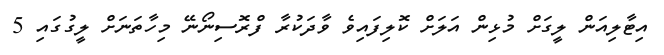
އިޓާލިއަން ލީގަށް މުޅިން އަލަށް ކޮލިފައިވެ ވާދަކުރާ ފްރޮސިނޯނޭ މިހާތަނަށް ލީގުގައި 5